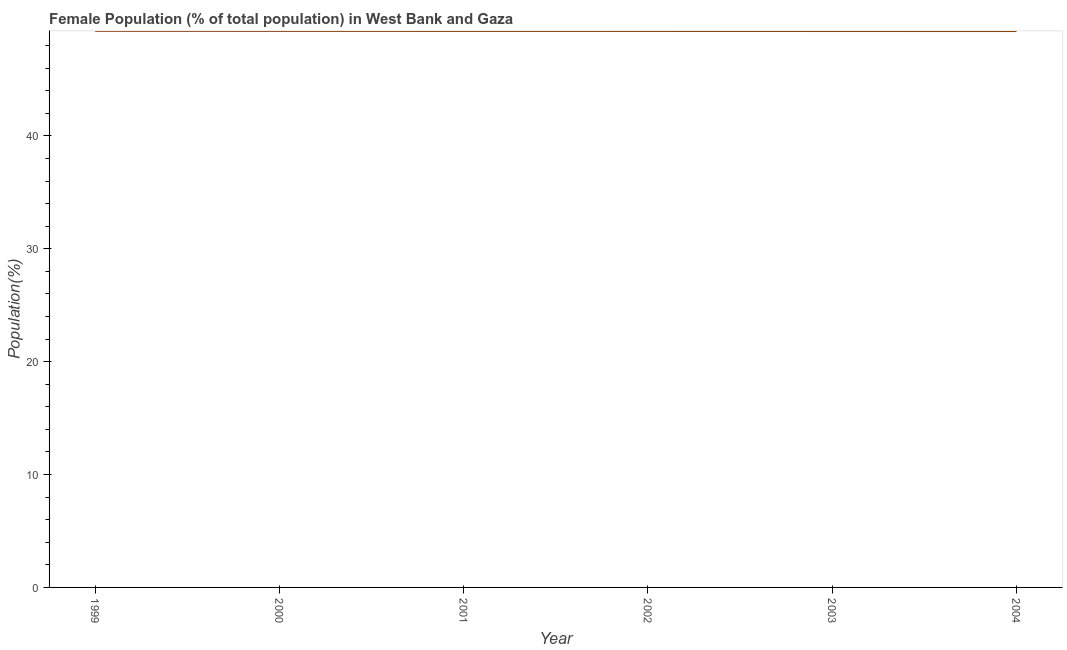
| Year | Female |
 | --- | --- |
 | 1999 | 49.3 |
 | 2000 | 49.3 |
 | 2001 | 49.3 |
 | 2002 | 49.3 |
 | 2003 | 49.3 |
 | 2004 | 49.3 |